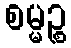
စမ္မဉ္စ